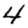
Digit: 4